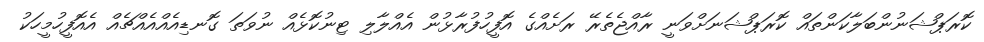
ކޮރަޕްޝަނުންބަލާކަންތައް ކޮރަޕްޝަނަށްވަނީ ރާއްޖެތެރޭ ރަށެއްގެ އޮފީހުފުރާޅުން އެއްލާލި ޓިނުކޮޅެއް ނުވަތަ ގޮނޑިއެއްއެއްޗެއް އެއޮފީހުމީހަކު